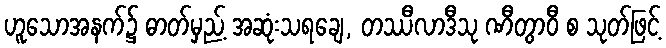
ဟူသောအနက်၌ ဓာတ်မှည့် အဆုံးသရချေ, တဿီလာဒီသု ဏီတွာဝီ စ သုတ်ဖြင့်